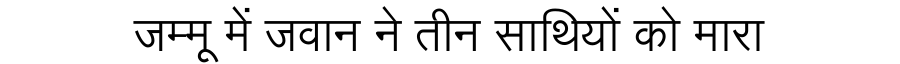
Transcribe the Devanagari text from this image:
जम्मू में जवान ने तीन साथियों को मारा